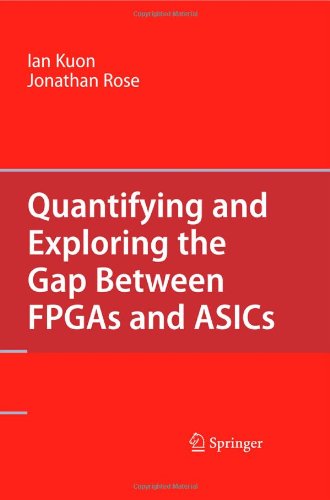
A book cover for Quantifying and Exploring the Gap Between FPGAs and ASICs; Ian Kuon; Computers & Technology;